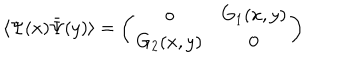
\langle \Psi ( x ) \bar { \Psi } ( y ) \rangle = \left( \begin{array} { c c } { { o } } & { { G _ { 1 } ( x , y ) \nonumber } } \\ { { G _ { 2 } ( x , y ) } } & { { 0 } } \\ \end{array} \right)